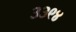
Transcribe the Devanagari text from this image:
३३९४